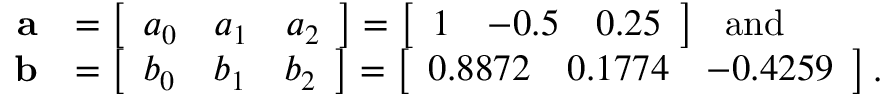
\begin{array} { r l } { \mathbf a } & { = \left[ \begin{array} { l l l } { a _ { 0 } } & { a _ { 1 } } & { a _ { 2 } } \end{array} \right] = \left[ \begin{array} { l l l } { 1 } & { - 0 . 5 } & { 0 . 2 5 } \end{array} \right] \ \mathrm { ~ a n d ~ } \ } \\ { \mathbf b } & { = \left[ \begin{array} { l l l } { b _ { 0 } } & { b _ { 1 } } & { b _ { 2 } } \end{array} \right] = \left[ \begin{array} { l l l } { 0 . 8 8 7 2 } & { 0 . 1 7 7 4 } & { - 0 . 4 2 5 9 } \end{array} \right] . } \end{array}